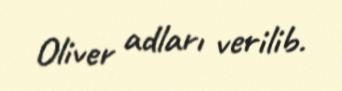
Oliver adları verilib.